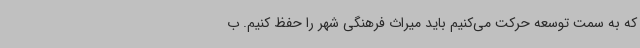
که به سمت توسعه حرکت می‌کنیم باید میراث فرهنگی شهر را حفظ کنیم. ب